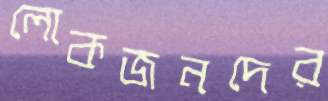
লোকজনদের